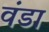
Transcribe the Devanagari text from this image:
वंडा